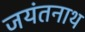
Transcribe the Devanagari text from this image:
जयंतनाथ